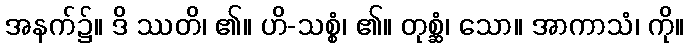
အနက်၌။ ဒိ ဿတိ၊ ၏။ ဟိ-သစ္စံ၊ ၏။ တုစ္ဆံ၊ သော။ အာကာသံ၊ ကို။